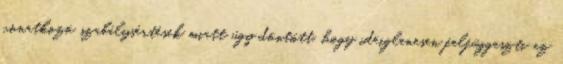
vonatkozó szabálysértések miatt úgy döntött, hogy ideiglenesen felfüggeszti az